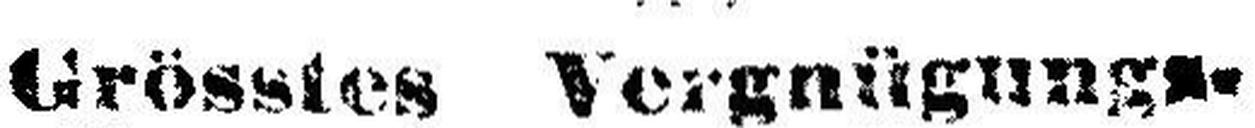
Grösstes Vergnügungs-